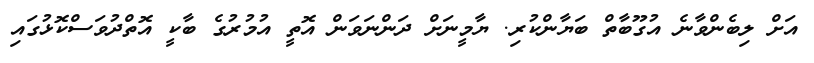
އަށް ލިބެންވާނެ އުގޫބާތް ބަޔާންކުރި. ޔާމީނަށް ދަންނަވަން އޮތީ އުމުުރުގެ ބާކީ އޮތްދުވަސްކޮޅުގައި